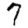
Digit: 7